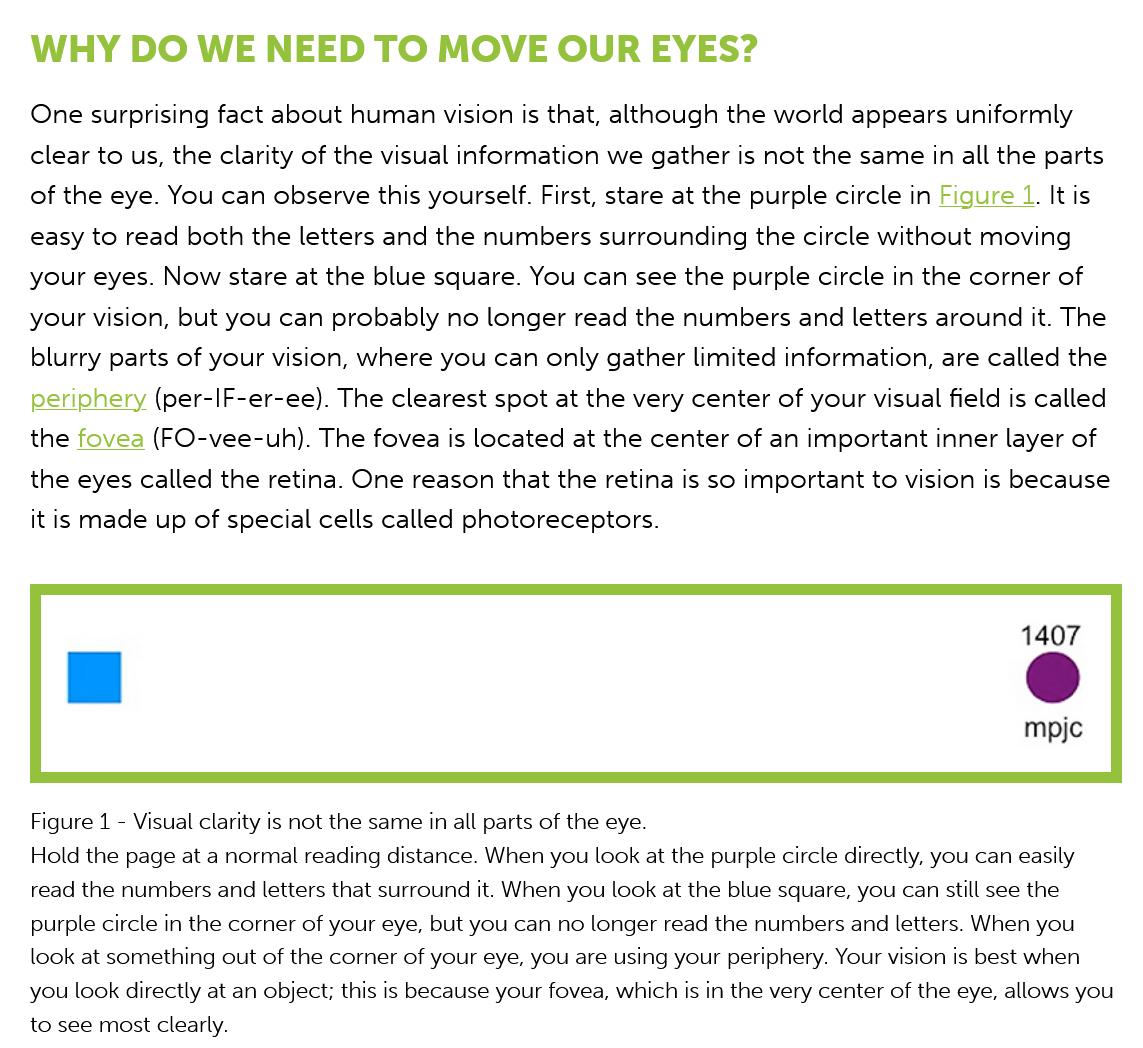
WHY    DO    WE    NEED    TO    MOVE    OUR  EYES?
   One  surprising fact about human vision is that, although the world appears uniformly
   clear to us, the clarity of the visual information we gather is not the same in all the parts
   of the eye. You can observe this yourself. First, stare at the purple circle in Figure
  1.
     It is
   easy to read both the letters and the numbers  surrounding  the circle without moving
   your eyes. Now  stare at the blue square. You can see the purple circle in the corner of
   your vision, but you can probably no  longer read the numbers  and letters around it. The
   blurry parts of your vision, where you can only gather limited information, are called the
   periphery (per-IF-er-ee). The clearest spot at the very center of your visual field is called
   the fovea (FO-vee-uh).  The fovea  is located at the center of an important inner layer of
   the eyes called the retina. One reason that the retina is so important to vision is because
   it is made up of special cells called photoreceptors.
   Figure 1
     -
     Visual clarity is not the same in all parts of the eye.
   Hold the page at a normal reading distance. When you look at the purple circle directly, you can easily
   read the numbers and letters that surround it. When you look at the blue square, you can still see the
   purple circle in the corner of your eye, but you can no longer read the numbers and letters. When you
   look at something out of the corner of your eye, you are using your periphery. Your vision is best when
   you look directly at an object; this is because your fovea, which is in the very center of the eye, allows you
   to see most clearly.